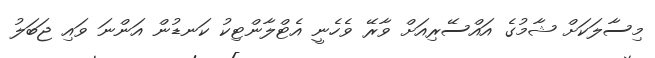
މިސާލަކަށް ޝާމުގެ އައްސޭރިއަށް ވާރޭ ވެހެނީ އެޓްލާންޓިކު ކަނޑުން އަންނަ ވައި ޖަބަލު